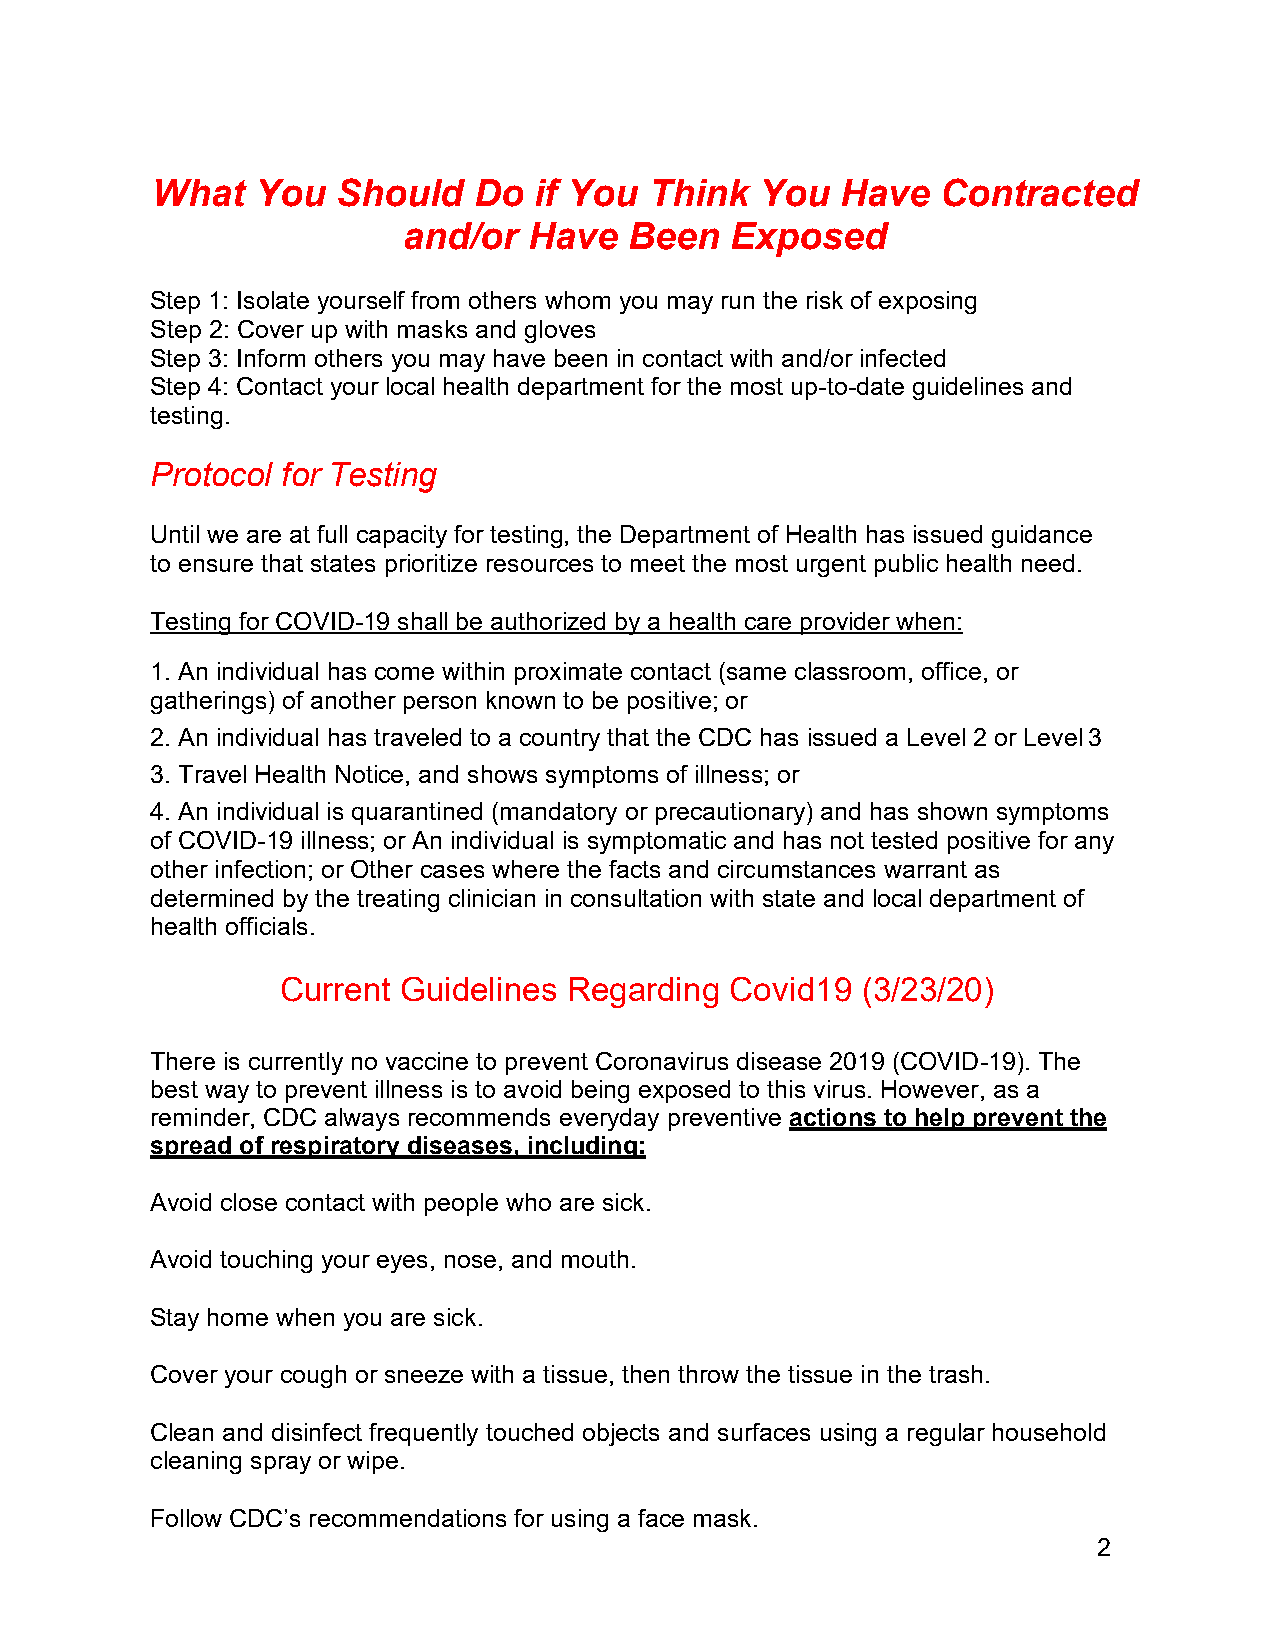
What   You  Should   Do  if You  Think  You   Have  Contracted
 and/or  Have   Been  Exposed
 Step 1: Isolate yourself from others whom you may run the risk of exposing
 Step 2: Cover up with masks and gloves
 Step 3: Inform others you may have been in contact with and/or infected
 Step 4: Contact your local health department for the most up-to-date guidelines and
 testing.
 Protocol for Testing
 Until we are at full capacity for testing, the Department of Health has issued guidance
 to ensure that states prioritize resources to meet the most urgent public health need.
 Testing for COVID-19 shall be authorized by a health care provider when:
 1. An individual has come within proximate contact (same classroom, office, or
 gatherings) of another person known to be positive; or
 2. An individual has traveled to a country that the CDC has issued a Level 2 or Level 3
 3. Travel Health Notice, and shows symptoms of illness; or
 4. An individual is quarantined (mandatory or precautionary) and has shown symptoms
 of COVID-19 illness; or An individual is symptomatic and has not tested positive for any
 other infection; or Other cases where the facts and circumstances warrant as
 determined by the treating clinician in consultation with state and local department of
 health officials.
 Current Guidelines Regarding Covid19  (3/23/20)
 There is currently no vaccine to prevent Coronavirus disease 2019 (COVID-19). The
 best way to prevent illness is to avoid being exposed to this virus. However, as a
 reminder, CDC always recommends everyday preventive actions to help prevent the
 spread of respiratory diseases, including:
 Avoid close contact with people who are sick.
 Avoid touching your eyes, nose, and mouth.
 Stay home when you are sick.
 Cover your cough or sneeze with a tissue, then throw the tissue in the trash.
 Clean and disinfect frequently touched objects and surfaces using a regular household
 cleaning spray or wipe.
 Follow CDC’s recommendations for using a face mask.
 2